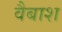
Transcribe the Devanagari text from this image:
वैबाश